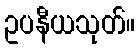
ဥပနီယသုတ်။